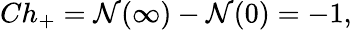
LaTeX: Ch_{+}=\mathcal{N}(\infty)-\mathcal{N}(0)=-1,